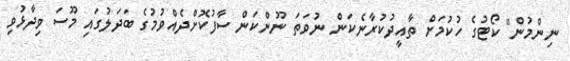
ނިންމުން" ކޯޓުގެ ހުކުމަށް ތާއީދުކުރާނެކަން ނުވަތަ ނޫންކަން ސާފުކޮށްދެއްވުމުގެ ބަދަލުގައި މޫސަ ވިދާޅުވި